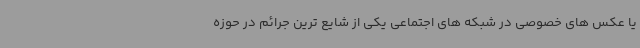
یا عکس های خصوصی در شبکه های اجتماعی یکی از شایع ترین جرائم در حوزه